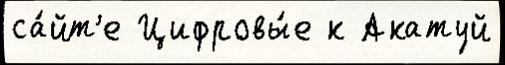
са́йт'е Цифровы́е к Акатуй